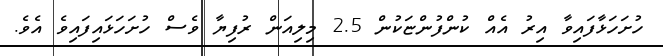
ހުށަހަޅާފައިވާ އިރު އެއް ކުންފުންޏަކުން 2.5 މިލިއަން ރުފިޔާ ވެސް ހުށަހަޅައިފައިވެ އެވެ.